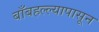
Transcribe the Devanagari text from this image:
बाँबहल्ल्यापासून